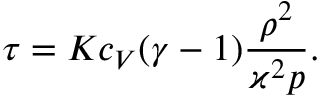
\tau = K c _ { V } ( \gamma - 1 ) \frac { \rho ^ { 2 } } { \varkappa ^ { 2 } p } .